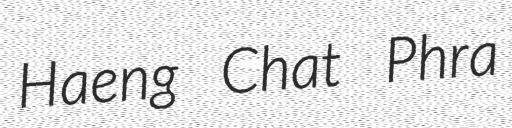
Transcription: Haeng Chat Phra